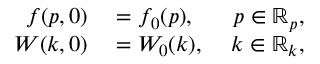
\begin{array} { r l r } { f ( p , 0 ) } & { { } = f _ { 0 } ( p ) , \ } & { p \in \mathbb { R } _ { p } , } \\ { W ( k , 0 ) } & { { } = W _ { 0 } ( k ) , \ } & { k \in \mathbb { R } _ { k } , } \end{array}